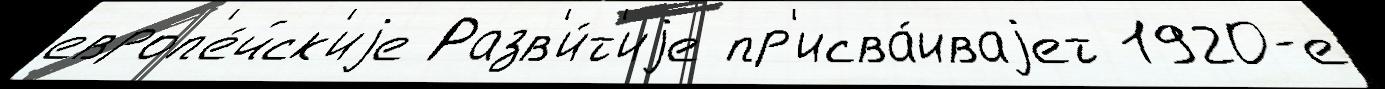
европ'е́йск'иjе Разв'и́т'иjе пр'исва́иваjет 1920-е